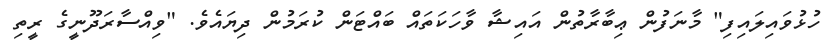
ހުޅުވައިލައިފި" މާނަފުން ޢިބާރާތުން އައިޝާ ވާހަކަތައް ބައްޓަން ކުރަމުން ދިޔައެވެ. "ވިއްސާރަދޫނީގެ ރީތި